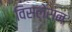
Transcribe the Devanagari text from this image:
विसलेसन